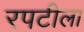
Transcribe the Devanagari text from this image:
रपटीला